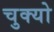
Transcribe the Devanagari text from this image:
चुक्यो